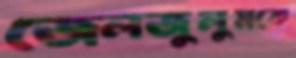
জেলজুলুমকে